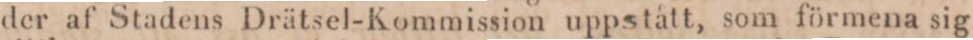
der af Stadens Drätsel-Kommission uppstått, som förmena sig